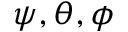
\psi , \theta , \phi